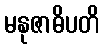
မနုဇာဓိပတိ